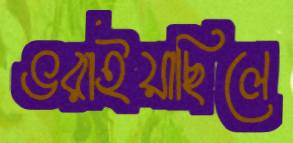
ভরাইয়াছিলে